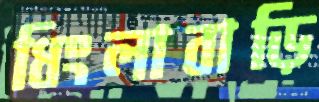
ধিংলাবাড়ি